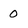
Character: 0